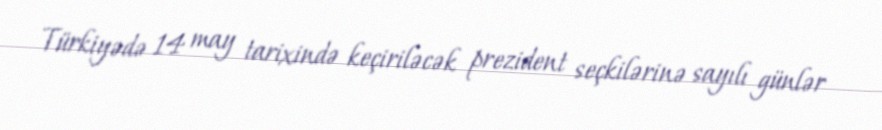
Türkiyədə 14 may tarixində keçiriləcək prezident seçkilərinə sayılı günlər